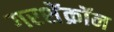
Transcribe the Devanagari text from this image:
गरशेंक्रॉन